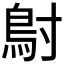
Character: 𬶾